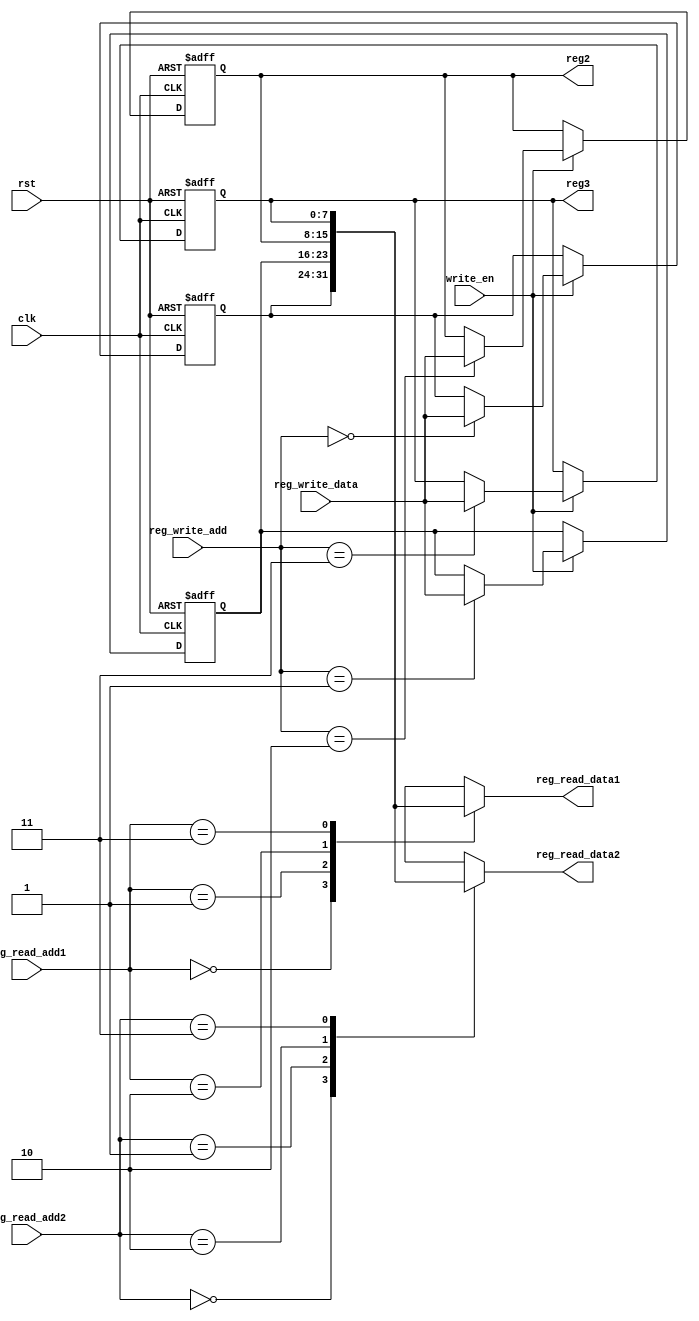
/*
Register file stores the value of operand and results

-In this Simulation we are using 4X8 register file , which has 4 location ,each can store 1 word(8 bit)
-For Simulation purpose location 1 and 2 are already filled with some value using initial blocks

READING AND WRITNG
-Our register file has 2 read ports and 1 write ports
-Address to be read are given by reg_read_add1 and reg_read_add2
-reg_read_data1 and reg_read_data2 are the read port that outputs the read data to ALU
-The data to be written is sent in by reg_write data to be written in reg_write_add location
-it is written only when write en is set to 1

OBERSERVING THE OUTPUT
We have reg2 and reg3 ports to observe our simulation output as the output for out simulation are stored in this location
(There is no other use of them in actual processor)

RESET
rst can be used to set all the value of reg file to 0 (this functionality is not used in our simulation)
*/





module reg_file(input clk,
				input rst,
				input write_en,
				input [1:0] reg_write_add, //address to write in
				input [7:0] reg_write_data,
				input [1:0] reg_read_add1, //address to read from
				input [1:0] reg_read_add2, //address to read from
				output [7:0] reg_read_data1,
				output [7:0] reg_read_data2,
				output [7:0]reg2,
				output [7:0]reg3);
	

	reg [7:0] reg_arr[3:0];
	
	assign reg2 = reg_arr[2];
	assign reg3 = reg_arr[3];
	
	initial
	begin
		reg_arr[0]<=8'b10101010;
		reg_arr[1]<=8'b01010101;
	end
	
	always @(posedge clk, negedge rst)
	begin
		if(rst==0)
		begin
			reg_arr[0]<=8'b00000000;
			reg_arr[1]<=8'b00000000;
			reg_arr[2]<=8'b00000000;
			reg_arr[3]<=8'b00000000;
		end
		else
		begin
			if(write_en==1)
			begin
				reg_arr[reg_write_add]<=reg_write_data;
			end
		end
	end
	
	assign reg_read_data1 = reg_arr[reg_read_add1];
	assign reg_read_data2 = reg_arr[reg_read_add2];
	
endmodule